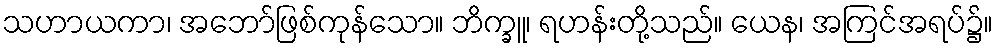
သဟာယကာ၊ အဘော်ဖြစ်ကုန်သော။ ဘိက္ခူ၊ ရဟန်းတို့သည်။ ယေန၊ အကြင်အရပ်၌။